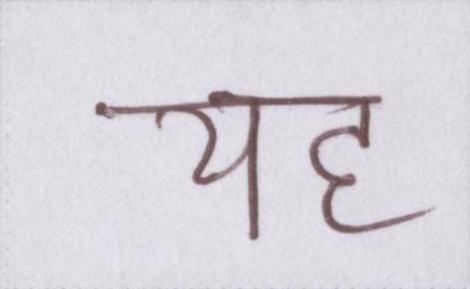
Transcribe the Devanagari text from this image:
यह